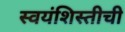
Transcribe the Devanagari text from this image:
स्वयंशिस्तीची